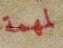
لمهمة